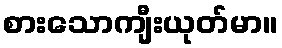
စားသောကျီးယုတ်မာ။